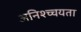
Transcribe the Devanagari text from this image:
अनिश्च्चयता